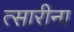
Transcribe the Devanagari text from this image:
त्सारीना